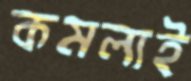
কমলাই